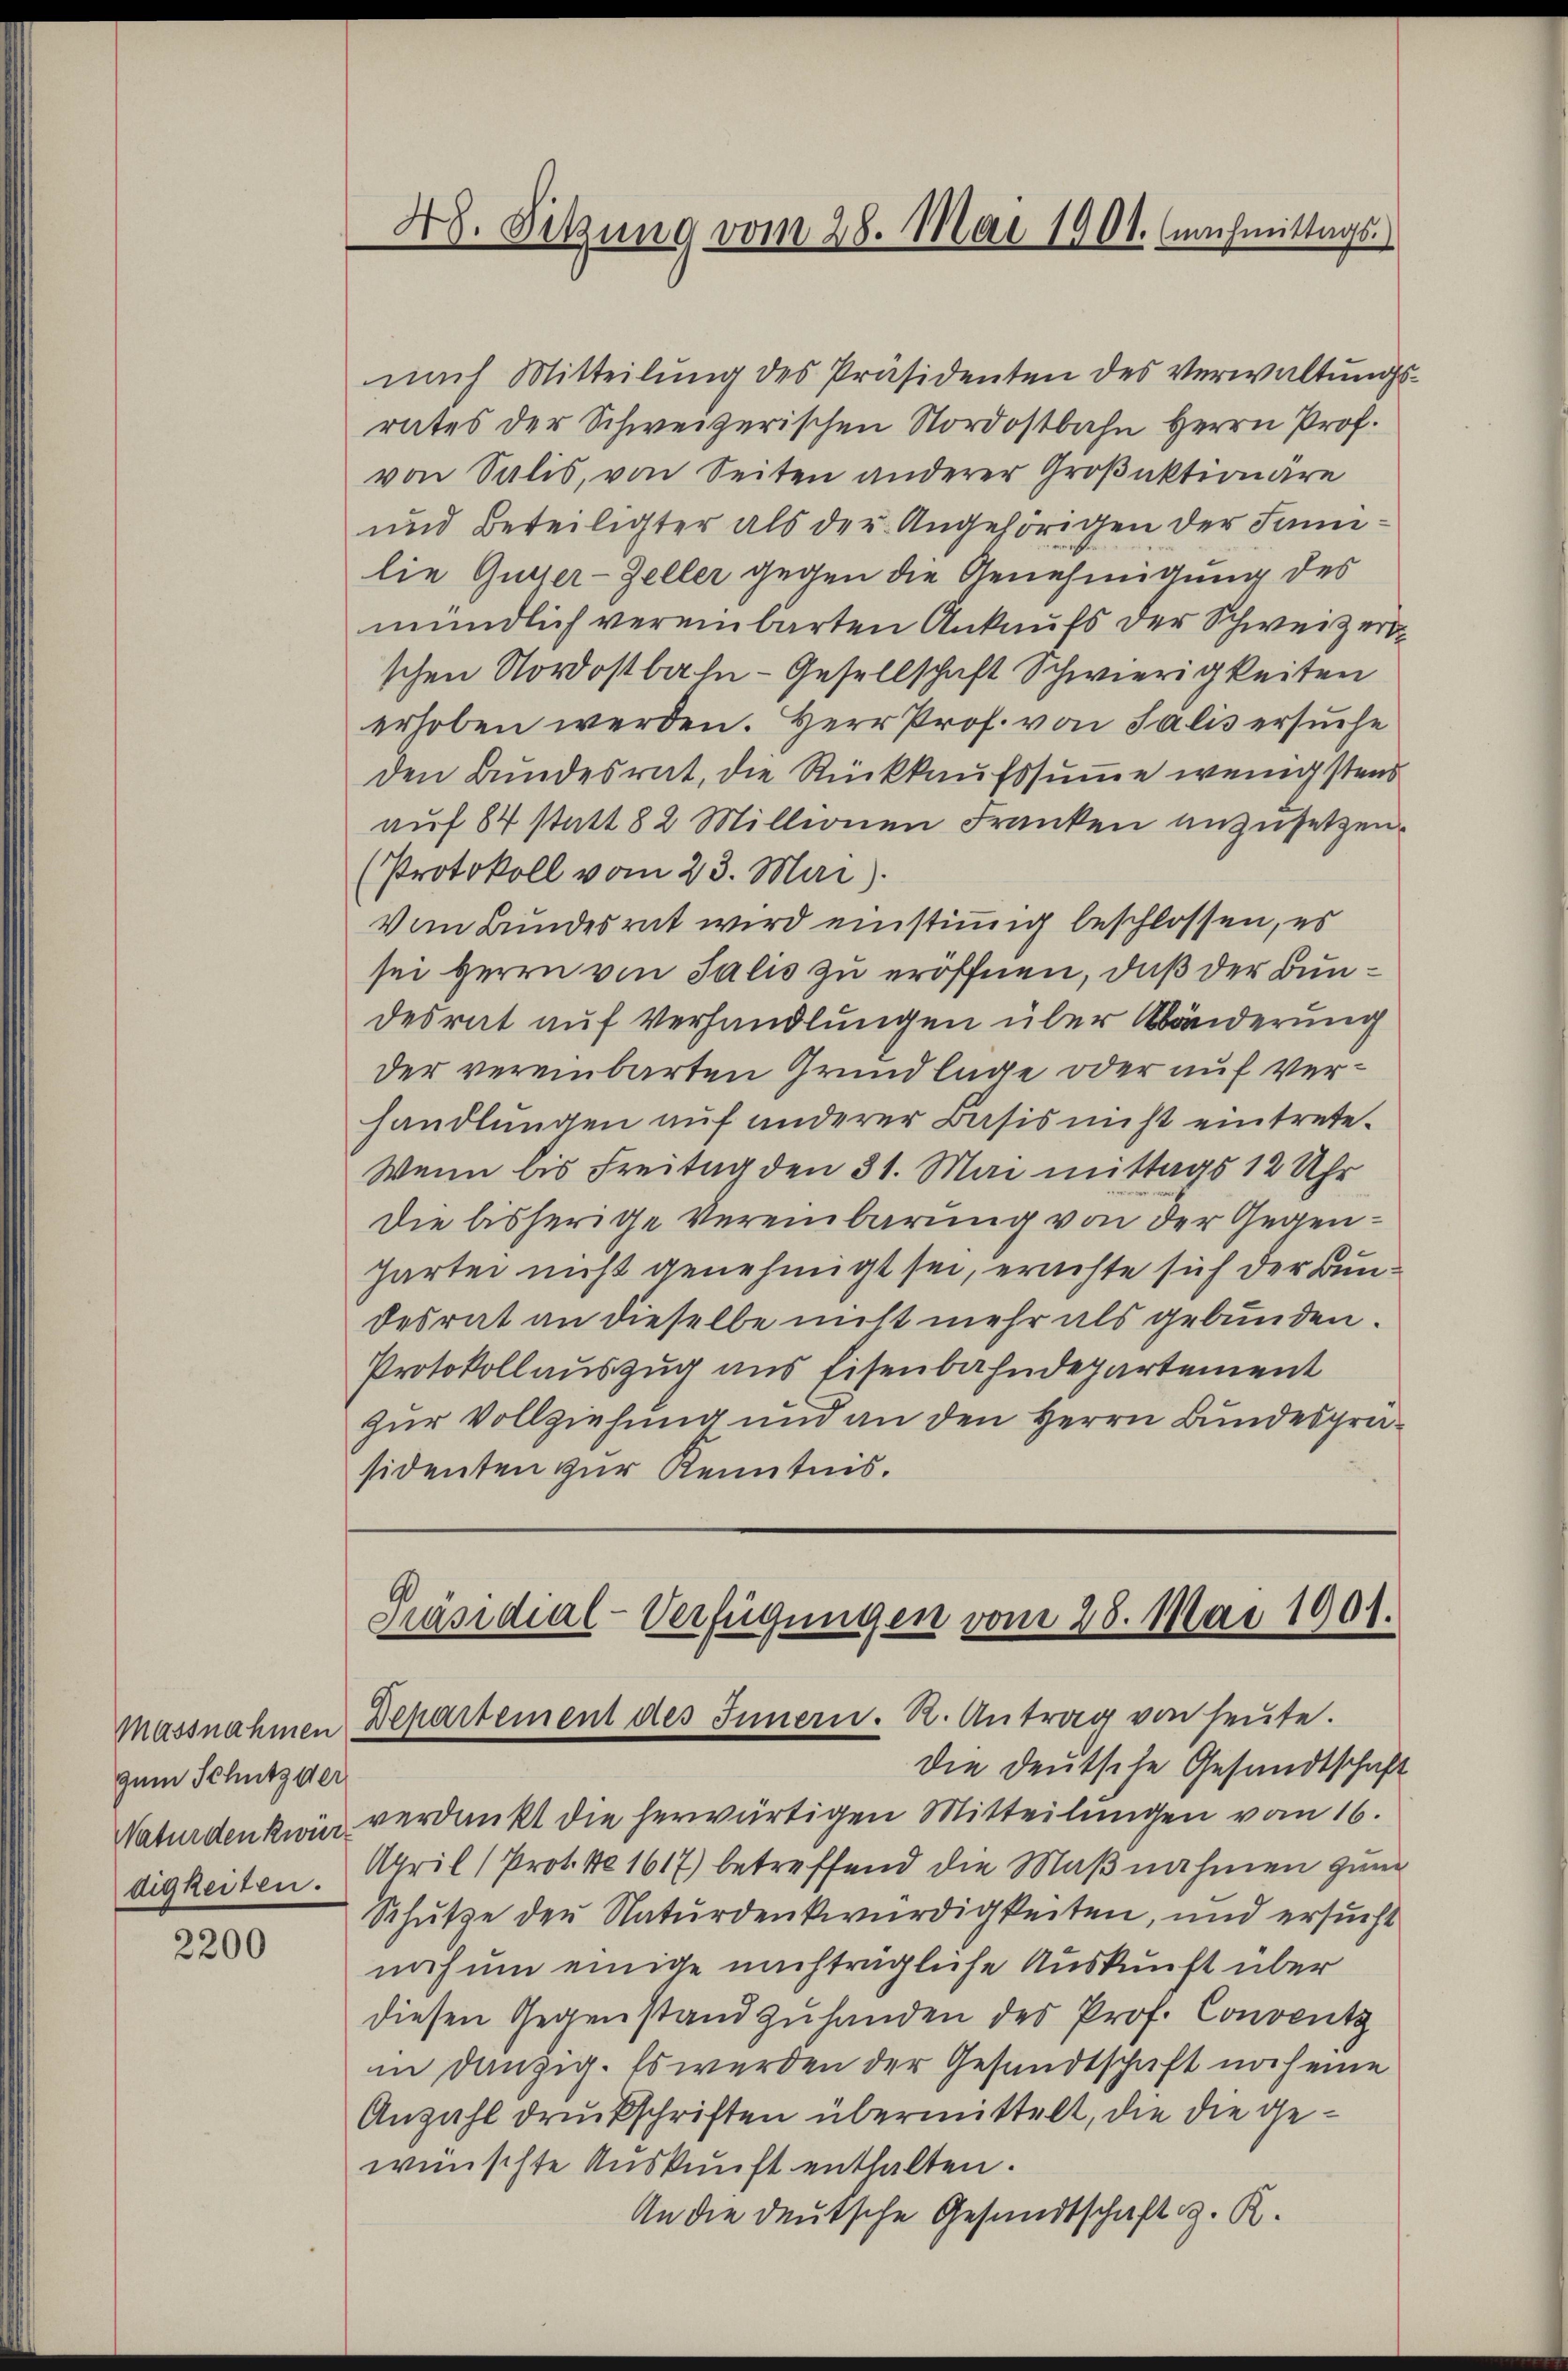
Massnahmen
zum Schutz der
Naturdenkwür
digkeiten.

2200

48. Sitzung vom 28. Mai 1901. (nachmittags.

nach Mitteilung des Präsidenten des Verwaltungsrates der Schweizerischen Nordostbahn Herrn Prof.
von Salis, von Seiten anderer Großaktionäre
und Beteiligter als der Angehörigen der Sanilie Gutter-Zeller gegen die Genehmigung des
mündlich vereinbarten Ankaufs der Schweizert
schen Nordostbahn- Gesellschaft Schwierigkeiten
erhoben werden. Herr Prof. von Salis ersuche
den Bundesrat, die Rückkaufssumme wenigstens
aŭf 84 statt 82 Millionen Franken anzusetzen.
(Protokoll vom 23. Mai).
Vom Bundesrat wird einstimmig beschlossen, es
sei Herrn von Salis zu eröffnen, daß der Bundesrat auf Verhandlungen über Abänderung
der vereinbarten Grundlage oder auf Verhandlungen auf anderer Basis nicht eintrete.
Wenn bis Freitag den 31. Mai mittags 12 Uhr
Die bisherige Vereinbarung von der Gegenhartei nicht genehmigt sei, erachte sich der Bundesrat an dieselbe nicht mehr als gebunden.
Protokollauszug aus Eisenbahndepartement
zur Vollziehung und an den Herrn Bundesgräsidenten zur Kenntnis.

Präsidial-Verfügungen vom 28. Mai 1901.
Departement des Innern. R. Antrag von heute.

die deutsche Gesandtschaft
verdankt die herwärtigen Mitteilungen vom 16.
April (Prot. No 1617) betreffend die Maßnahmen ganz
Schutze den Naturdenkwürdigkeiten, und ersucht
noch um einige nachträgliche Auskunft über
diesen Gegenstand zuhanden des Prof. Conventz
in Danzig. Es werden der Gesandtschaft noch eine
Anzahl druckschriften übermittelt, die die gewünschte Auskunft enthalten.
An die deutsche Gesandtschaft z. R.